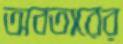
অবতারের